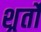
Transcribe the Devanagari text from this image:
शर्र्तों